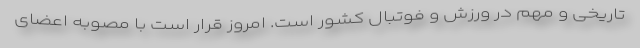
تاریخی و مهم در ورزش و فوتبال کشور است. امروز قرار است با مصوبه اعضای